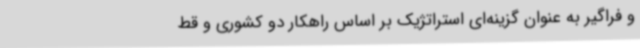
و فراگیر به عنوان گزینه‌ای استراتژیک بر اساس راهکار دو کشوری و قط